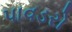
પાવડરો